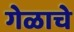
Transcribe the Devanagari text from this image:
गेळाचे